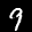
Label: 9